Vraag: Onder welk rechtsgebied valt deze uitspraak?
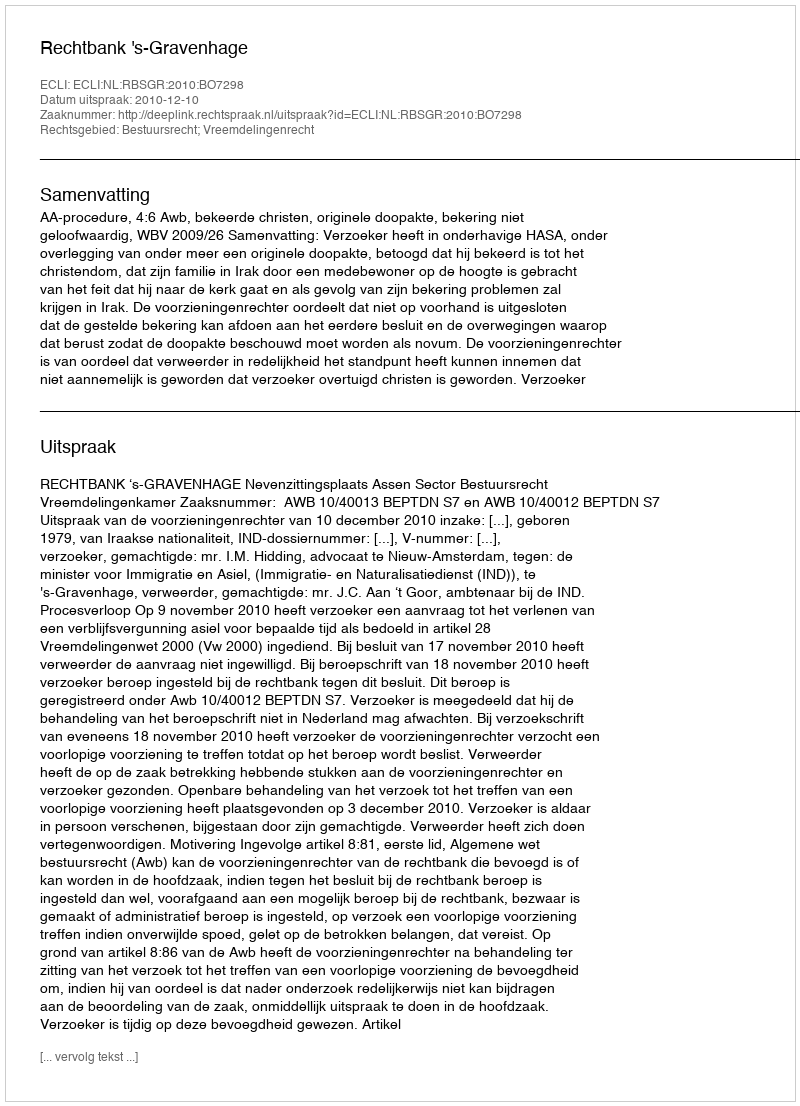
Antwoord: Bestuursrecht; Vreemdelingenrecht